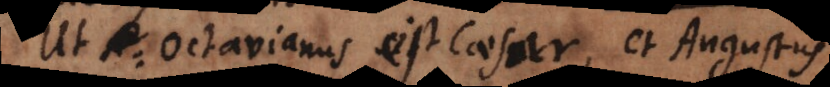
Ut Octavianus est Caesar, et Augustus